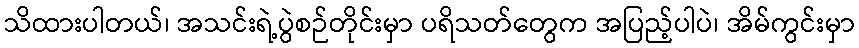
သိထားပါတယ်၊ အသင်းရဲ့ပွဲစဉ်တိုင်းမှာ ပရိသတ်တွေက အပြည့်ပါပဲ၊ အိမ်ကွင်းမှာ